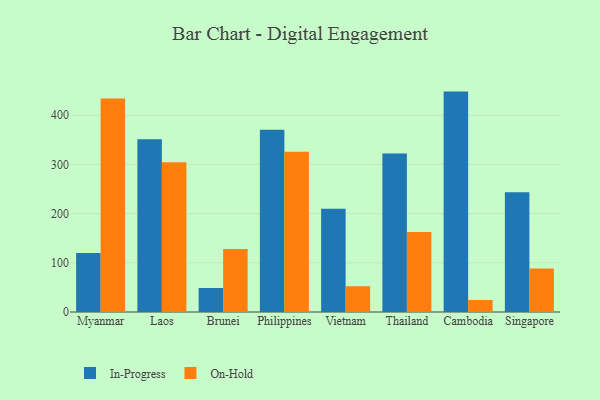
{"axis": {"x": "Country", "y": "Humidity (%)"}, "legend": ["In-Progress", "On-Hold"], "data": [{"x": "Myanmar", "y": 120.0, "type": "In-Progress"}, {"x": "Myanmar", "y": 434.2, "type": "On-Hold"}, {"x": "Laos", "y": 351.0, "type": "In-Progress"}, {"x": "Laos", "y": 304.5, "type": "On-Hold"}, {"x": "Brunei", "y": 48.8, "type": "In-Progress"}, {"x": "Brunei", "y": 128.3, "type": "On-Hold"}, {"x": "Philippines", "y": 370.6, "type": "In-Progress"}, {"x": "Philippines", "y": 325.6, "type": "On-Hold"}, {"x": "Vietnam", "y": 210.0, "type": "In-Progress"}, {"x": "Vietnam", "y": 52.4, "type": "On-Hold"}, {"x": "Thailand", "y": 322.3, "type": "In-Progress"}, {"x": "Thailand", "y": 162.5, "type": "On-Hold"}, {"x": "Cambodia", "y": 448.1, "type": "In-Progress"}, {"x": "Cambodia", "y": 24.5, "type": "On-Hold"}, {"x": "Singapore", "y": 243.6, "type": "In-Progress"}, {"x": "Singapore", "y": 88.5, "type": "On-Hold"}]}